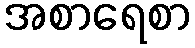
အစာရေစာ